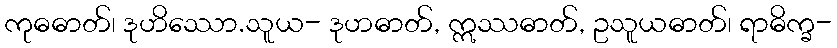
ကုဓဓာတ်၊ ဒုဟိဿော.သူယ- ဒုဟဓာတ်, ဣဿဓာတ်, ဥသူယဓာတ်၊ ရာဓိက္ခ-